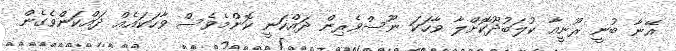
އޭނާ ބުނީ ރޫނީއާ ކުލަބުދޫކޮށްލާ ވާހަކަ ނޫސްވެރިން ދައްކަނީ ކޮންމެވެސް ވާހަކައެއް ދައްކަންވެގެން